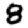
Digit: 8